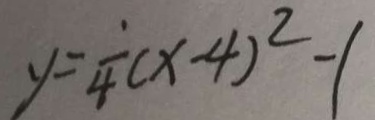
y = \frac { 1 } { 4 } ( x - 4 ) ^ { 2 } - 1